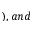
) , a n d